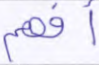
أفهم